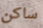
ساكن